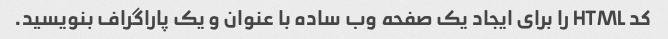
کد HTML را برای ایجاد یک صفحه وب ساده با عنوان و یک پاراگراف بنویسید.